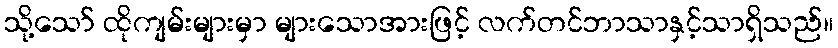
သို့သော် ထိုကျမ်းများမှာ များသောအားဖြင့် လက်တင်ဘာသာနှင့်သာရှိသည်။